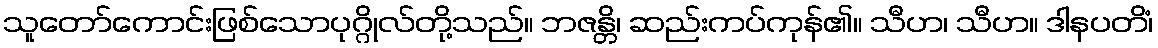
သူတော်ကောင်းဖြစ်သောပုဂ္ဂိုလ်တို့သည်။ ဘဇန္တိ၊ ဆည်းကပ်ကုန်၏။ သီဟ၊ သီဟ။ ဒါနပတိံ၊